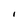
Character: I